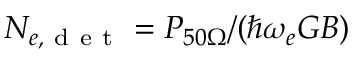
N _ { e , \mathrm { ~ d ~ e ~ t ~ } } = P _ { 5 0 \Omega } / ( \hbar \omega _ { e } G B )